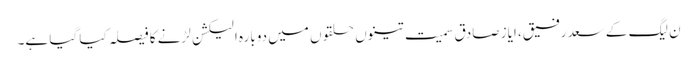
ن لیگ کے سعد رفیق، ایاز صادق سمیت تینوں حلقوں میں دوبارہ الیکشن لڑنے کا فیصلہ کیا گیا ہے۔